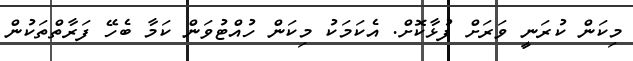
މިކަން ކުރަނީ ވަރަށް ފުޅާކޮށް. އެކަމަކު މިކަން ހުއްޓުވަން ކަމާ ބެހޭ ފަރާތްތަކުން